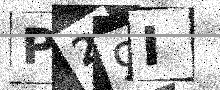
Text: P29I